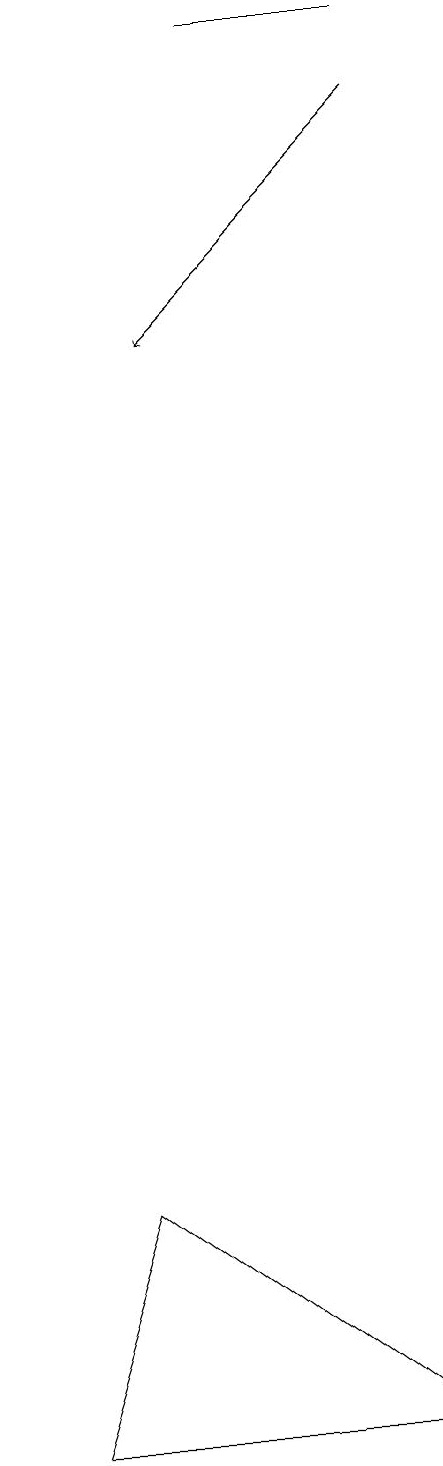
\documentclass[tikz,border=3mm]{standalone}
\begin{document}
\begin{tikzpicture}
\draw[->] (9,18) -- (6,15);
\draw (5,4) -- (4,1) -- (9,1) -- cycle;
\draw (7,19) rectangle (9,19);
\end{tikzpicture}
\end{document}